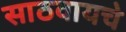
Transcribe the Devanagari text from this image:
साठवायचे